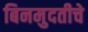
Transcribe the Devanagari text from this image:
बिनमुदतीचे